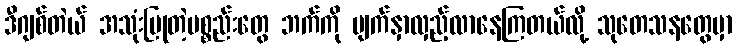
ဒီဂျစ်တဲယ် အသုံးပြုတဲ့ပစ္စည်းတွေ ဘက်ကို မျက်နှာလှည့်လာနေကြတယ်လို့ သုတေသနတွေမှာ